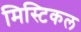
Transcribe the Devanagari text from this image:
मिस्टिकल